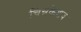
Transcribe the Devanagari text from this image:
चिन्नकेशव